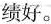
绩好。